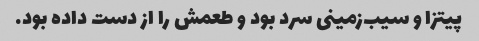
پیتزا و سیب‌زمینی سرد بود و طعمش را از دست داده بود.